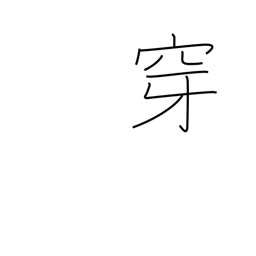
Meaning: put on (to the feet)